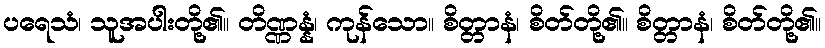
ပရေသံ၊ သူအပါးတို့၏။ တိဏ္ဏန္နံ၊ ကုန်သော။ စိတ္တာနံ၊ စိတ်တို့၏။ စိတ္တာနံ၊ စိတ်တို့၏။